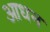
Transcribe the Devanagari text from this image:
आधन